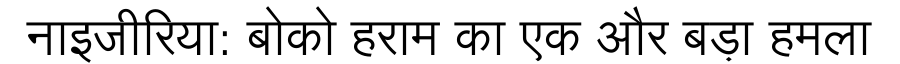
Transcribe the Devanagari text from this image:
नाइजीरिया: बोको हराम का एक और बड़ा हमला